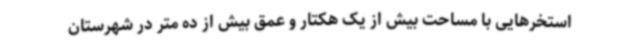
استخرهایی با مساحت بیش از یک هکتار و عمق بیش از ده متر در شهرستان